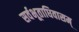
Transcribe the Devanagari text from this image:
सर्वभूताधिवासम्